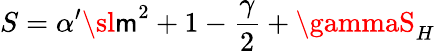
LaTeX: S=\alpha^{\prime}{\sl\mathsf{m}}^{2}+1-\frac{\gamma}{2}+\gammaS_{H}